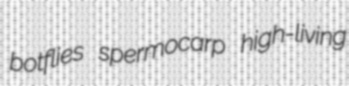
botflies spermocarp high-living